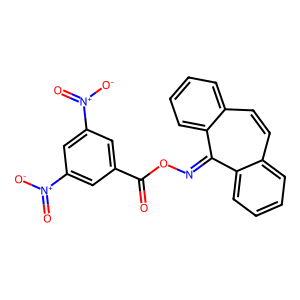
SMILES: O=C(ON=c1c2ccccc2ccc2ccccc12)c1cc([N+](=O)[O-])cc([N+](=O)[O-])c1
Inhibits HIV replication: No